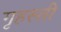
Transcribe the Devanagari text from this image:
गृहस्ती